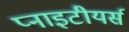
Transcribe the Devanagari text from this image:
प्नाइटीयर्स